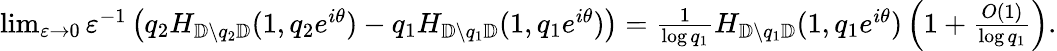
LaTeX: \begin{array}{r}{\operatorname*{lim}_{\varepsilon\to 0}\varepsilon^{-1}\left(q_{2}H_{{\mathbb{D}}\setminus q_{2}{\mathbb{D}}}(1,q_{2}e^{i\theta})-q_{1}H_{{\mathbb{D}}\setminus q_{1}{\mathbb{D}}}(1,q_{1}e^{i\theta})\right)=\frac{1}{\log q_{1}}H_{{\mathbb{D}}\setminus q_{1}{\mathbb{D}}}(1,q_{1}e^{i\theta})\left(1+\frac{O(1)}{\log q_{1}}\right).}\end{array}